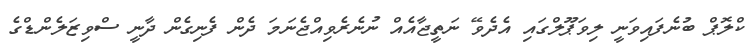
ކްލޮޕް ބުނެފައިވަނީ ލިވަޕޫލްގައި އެދެވޭ ނަތީޖާއެއް ނުނެރެވިއްޖެނަމަ ދެން ފެނިގެން ދާނީ ސްވިޒަލެންޑްގެ